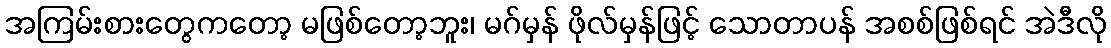
အကြမ်းစားတွေကတော့ မဖြစ်တော့ဘူး၊ မဂ်မှန် ဖိုလ်မှန်ဖြင့် သောတာပန် အစစ်ဖြစ်ရင် အဲဒီလို